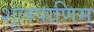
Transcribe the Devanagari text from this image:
शूलपाणिम्